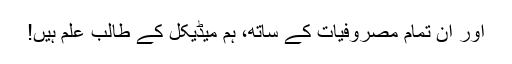
اور ان تمام مصروفیات کے ساتھ، ہم میڈیکل کے طالبِ علم ہیں!